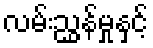
လမ်းညွှန်မှုနှင့်